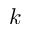
k